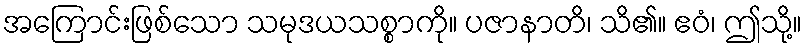
အကြောင်းဖြစ်သော သမုဒယသစ္စာကို။ ပဇာနာတိ၊ သိ၏။ ဧဝံ၊ ဤသို့။